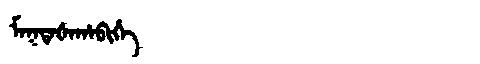
Manchu: ᠮᠠᡴᡨᠠᡧᠠᡥᠠᠪᡳᡥᡝ
Romanization: MAKTAŠAHABIHE